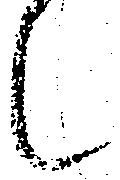
候